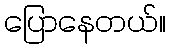
ပြောနေတယ်။